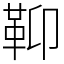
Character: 䩕